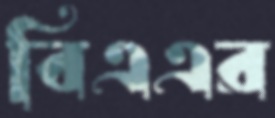
বিএএর